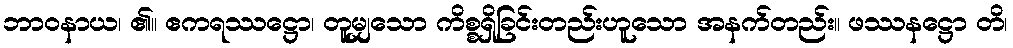
ဘာဝနာယ၊ ၏။ ဧကရဿဋ္ဌော၊ တူမျှသော ကိစ္စရှိခြင်းတည်းဟူသော အနက်တည်း။ ဖဿနဋ္ဌော တိ၊